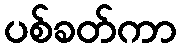
ပစ်ခတ်ကာ